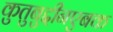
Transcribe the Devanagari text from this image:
कुतुबुद्दीनएबक